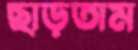
ছাড়তাম